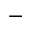
-